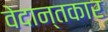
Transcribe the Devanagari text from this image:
वेदान्तकार